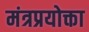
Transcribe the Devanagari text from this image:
मंत्रप्रयोक्ता